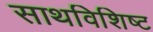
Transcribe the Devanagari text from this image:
साथविशिष्ट